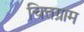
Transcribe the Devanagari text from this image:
चित्तग्राम